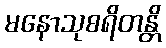
မနောသုစရိတန္တိ